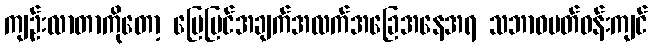
ကျဉ်းလာတာကိုတော့ မြေပြင်အချက်အလက်အခြေအနေအရ သဘာဝပတ်ဝန်းကျင်